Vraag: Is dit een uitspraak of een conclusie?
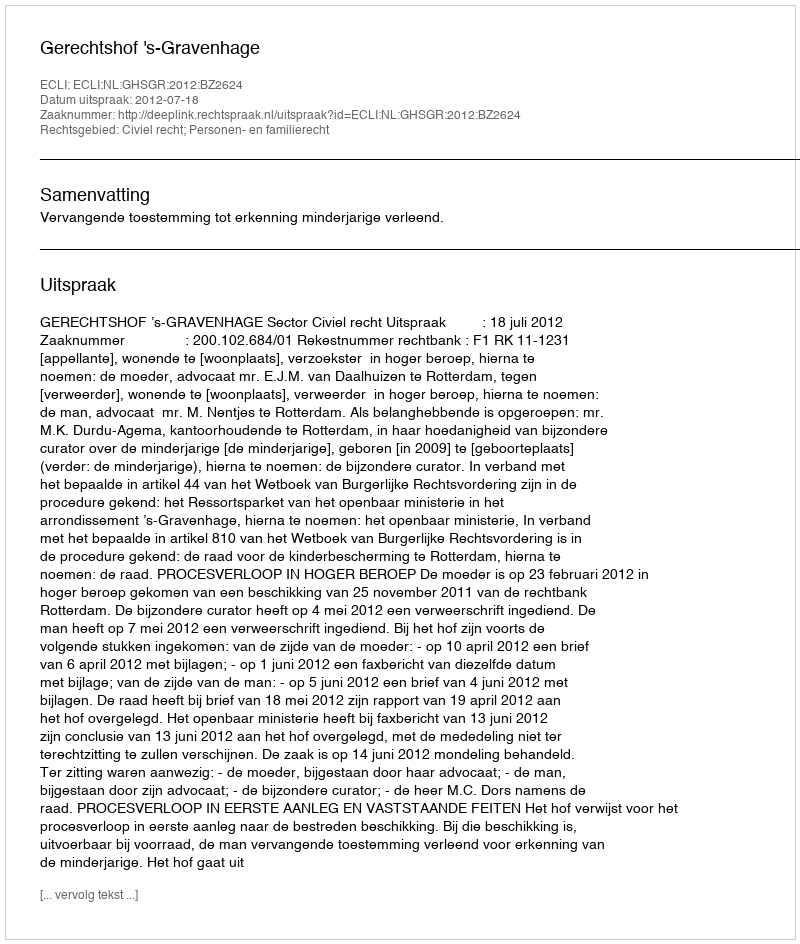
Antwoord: Uitspraak